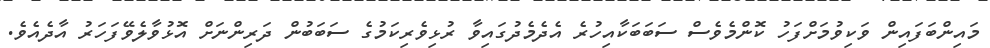
މައިންބަފައިން ވަކިވުމަށްފަހު ކޮންމެވެސް ސަބަބަކާއިހުރެ އެދެމެދުގައިވާ ރުޅިވެރިކަމުގެ ސަބަބުން ދަރިންނަށް އޮޅުވާލެވޭފަހަރު އާދެއެވެ.